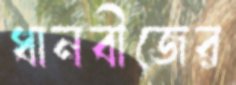
ধানবীজের